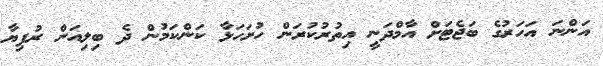
އަންނަ އަހަރުގެ ބަޖެޓަށް އާމްދަނީ އިތުރުކުރަން ހުށަހަޅާ ކަންކަމުން ދެ ބިލިއަން ރުފިޔާ